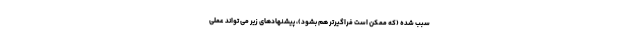
سبب شده (که ممکن است فراگیرتر هم بشود)، پیشنهادهای زیر می تواند عملی